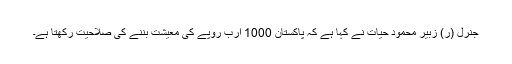
جنرل (ر) زبیر محمود حیات نے کہا ہے کہ پاکستان 1000 ارب روپے کی معیشت بننے کی صلاحیت رکھتا ہے۔